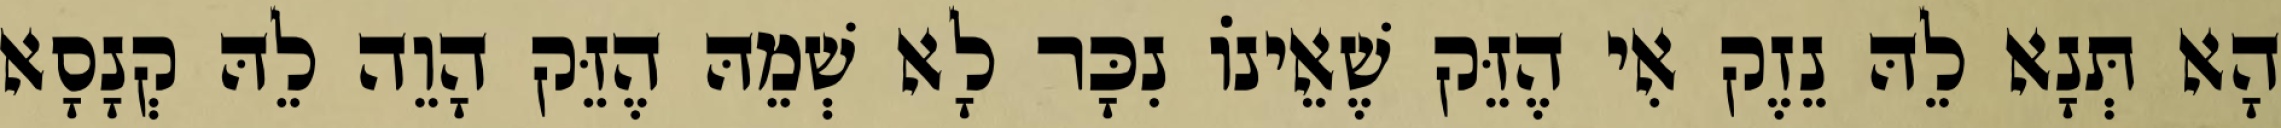
הָא תְּנָא לֵהּ נֵזֶק אִי הֶזֵּק שֶׁאֵינוֹ נִכָּר לָא שְׁמֵהּ הֶזֵּק הָוֵה לֵהּ קְנָסָא